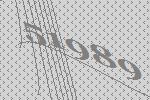
51989